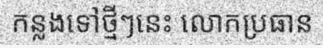
កន្លងទៅថ្មីៗនេះ លោកប្រធាន